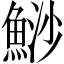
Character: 鯋